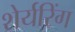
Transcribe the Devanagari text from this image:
शेर्यरिंग